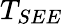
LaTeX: T_{SEE}